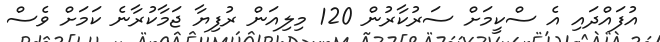
އުފައްދައި އެ ސްކީމަށް ސަރުކާރުން 120 މިލިއަން ރުފިޔާ ޖަމާކުރާނެ ކަމަށް ވެސް